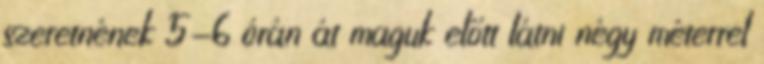
szeretnének 5-6 órán át maguk előtt látni négy méterrel